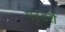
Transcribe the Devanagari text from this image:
गरडरों